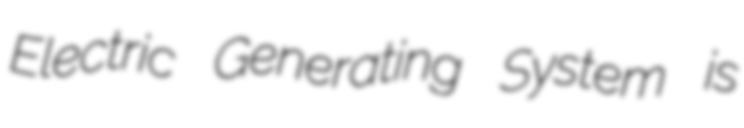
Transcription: Electric Generating System is